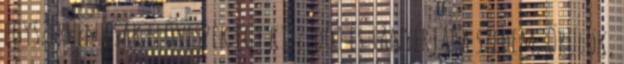
egyszerűen csak előveszek egy kiszedőt és tányérjára szedem. Örülök,